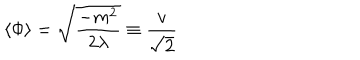
\langle \Phi \rangle = { \sqrt { \frac { - m ^ { 2 } } { 2 \lambda } } } \equiv { \frac { v } { \sqrt { 2 } } }